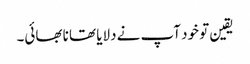
یقین تو خود آپ نے دلایا تھا نا بھائی۔